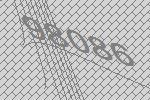
98086